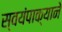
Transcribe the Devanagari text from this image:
स्वयंपाक्याने